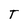
Character: T